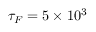
\tau _ { F } = 5 \times 1 0 ^ { 3 }